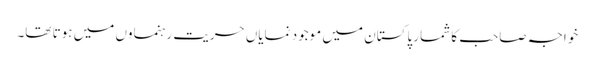
خواجہ صاحب کا شمار پاکستان میں موجود نمایاں حریت رہنماوں میں ہوتا تھا۔